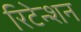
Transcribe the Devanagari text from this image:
रिटेन्शन